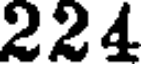
224